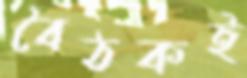
বৈঠকই